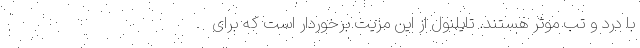
با درد و تب موثر هستند. تایلنول از این مزیت برخوردار است که برای